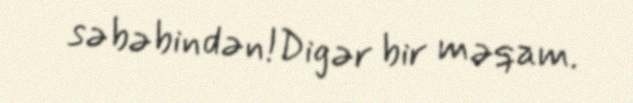
səbəbindən!Digər bir məqam.